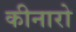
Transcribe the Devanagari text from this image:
कीनारो